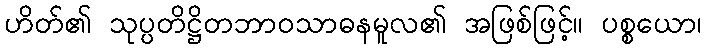
ဟိတ်၏ သုပ္ပတိဋ္ဌိတဘာဝသာဓနမူလ၏ အဖြစ်ဖြင့်။ ပစ္စယော၊